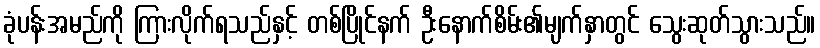
ခုံပန်းအမည်ကို ကြားလိုက်ရသည်နှင့် တစ်ပြိုင်နက် ဦးနောက်စိမ်း၏မျက်နှာတွင် သွေးဆုတ်သွားသည်။